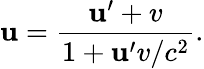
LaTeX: \mathbf{u}={\frac{{\mathbf{u}^{\prime}+v}}{{1+\mathbf{u}^{\prime}v/c^{2}}}}.